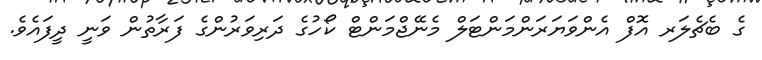
ގެ ބެޗެލަރ އޮފް އެންވަޔަރަންމަންޓަލް މެނޭޖްމަންޓް ކޯހުގެ ދަރިވަރުންގެ ފަރާތުން ވަނީ ދީފައެވެ.